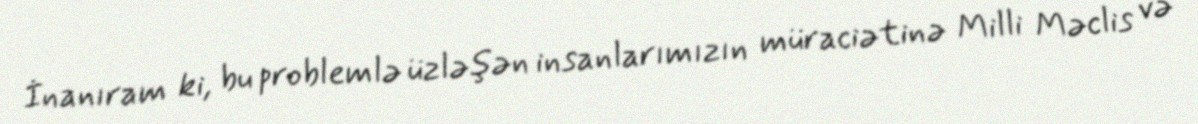
İnanıram ki, bu problemlə üzləşən insanlarımızın müraciətinə Milli Məclis və